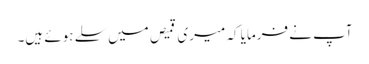
آپ نے فرمایا کہ میری قمیص میں سلے ہوئے ہیں۔